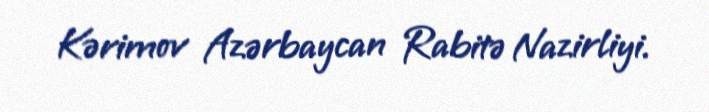
Kərimov Azərbaycan Rabitə Nazirliyi.